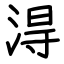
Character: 淂